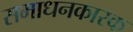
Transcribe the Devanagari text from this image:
समाधनकारक